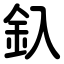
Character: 釞